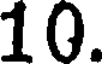
10.